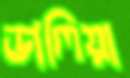
ডালিয়া